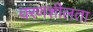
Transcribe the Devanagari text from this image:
वरणशीलता